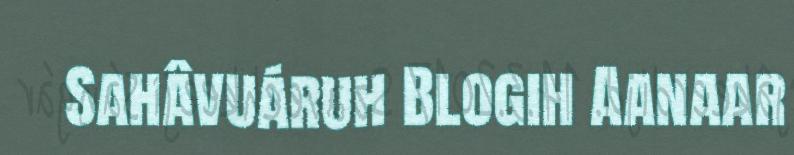
Sahâvuáruh Blogih Aanaar